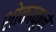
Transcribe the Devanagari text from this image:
शोकाकुने